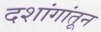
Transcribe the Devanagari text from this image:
दशांगांतून